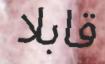
قابلا